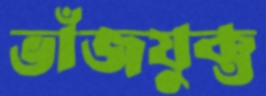
ভাঁজযুক্ত